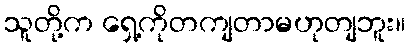
သူတို့က ရှေ့ကိုတကျတာမဟုတျဘူး။